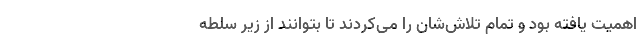
اهمیت یافته بود و تمام تلاش‌شان را می‌کردند تا بتوانند از زیر سلطه